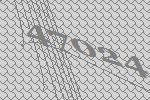
47024